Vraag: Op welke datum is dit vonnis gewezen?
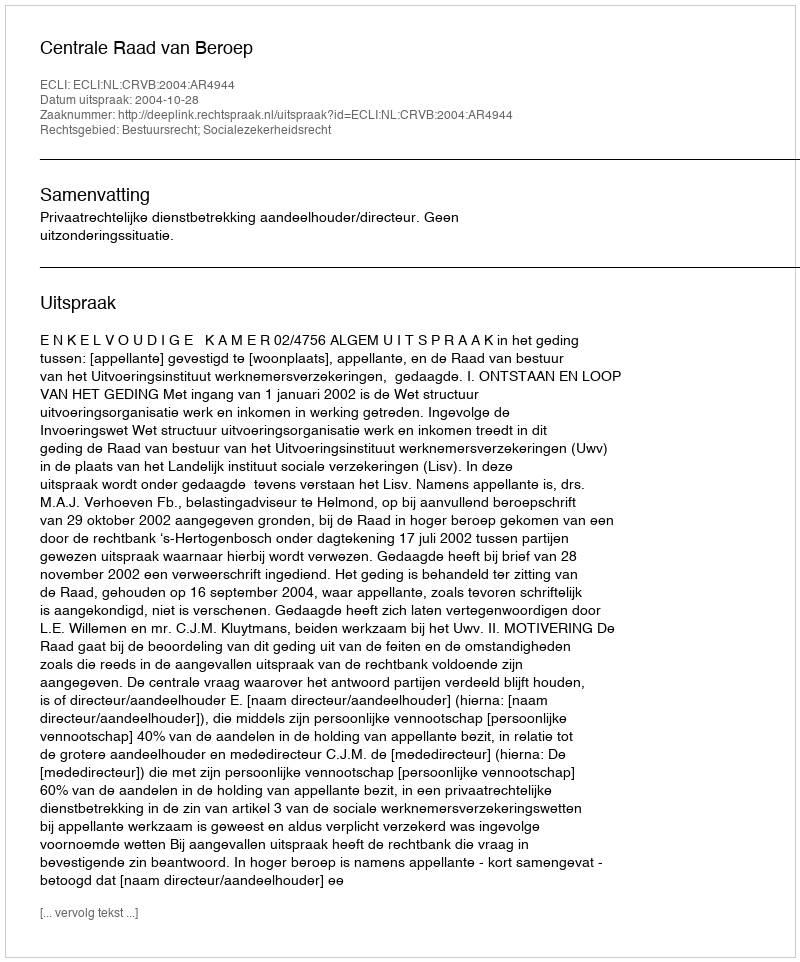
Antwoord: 2004-10-28